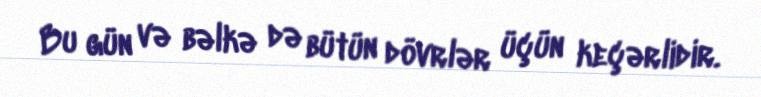
Bu gün və bəlkə də bütün dövrlər üçün keçərlidir.